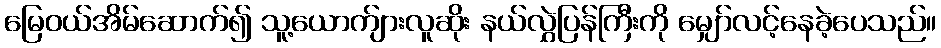
မြေဝယ်အိမ်ဆောက်၍ သူ့ယောက်ျားလူဆိုး နယ်လွှဲပြန်ကြီးကို မျှော်လင့်နေခဲ့ပေသည်။